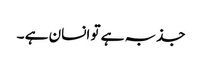
جذبہ ہے تو انسان ہے ۔